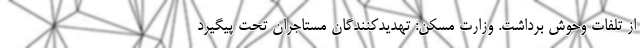
از تلفات وحوش برداشت. وزارت مسکن: تهدیدکنندگان مستاجران تحت پیگیرد